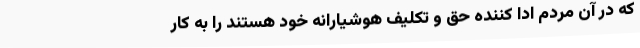
که در آن مردم ادا کننده حق و تکلیف هوشیارانه خود هستند را به کار